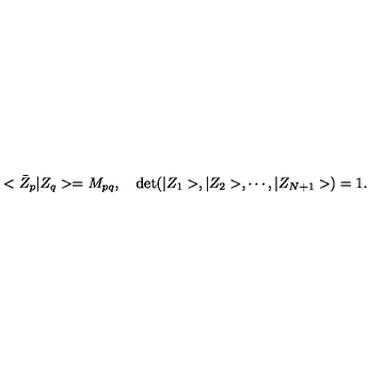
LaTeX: < \bar { Z } _ { p } \vert Z _ { q } > = M _ { p q } , \quad \mathrm { d e t } ( \vert Z _ { 1 } > , \vert Z _ { 2 } > , \cdots , \vert Z _ { N + 1 } > ) = 1 .